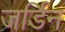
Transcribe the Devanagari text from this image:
जर्डिन